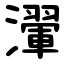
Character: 瀈